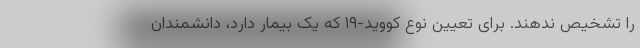
را تشخیص ندهند. برای تعیین نوع کووید-۱۹ که یک بیمار دارد، دانشمندان